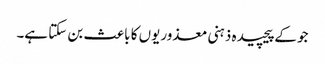
جو کےپیچیدہ ذہنی معذوریوں کا باعث بن سکتا ہے۔